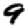
Digit: 9